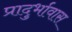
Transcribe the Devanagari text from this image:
प्रादुर्भावास